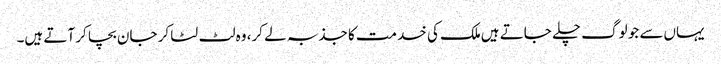
یہاں‌سے جو لوگ چلے جاتے ہیں‌ملک کی خدمت کا جذبہ لے کر، وہ لٹ لٹا کر جان بچا کر آتے ہیں۔